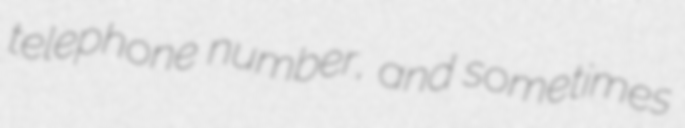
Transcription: telephone number, and sometimes